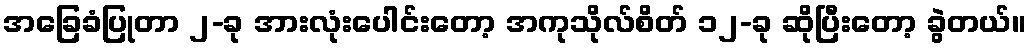
အခြေခံပြုတာ ၂-ခု အားလုံးပေါင်းတော့ အကုသိုလ်စိတ် ၁၂-ခု ဆိုပြီးတော့ ခွဲတယ်။